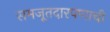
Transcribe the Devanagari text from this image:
समजूतदारपणाची